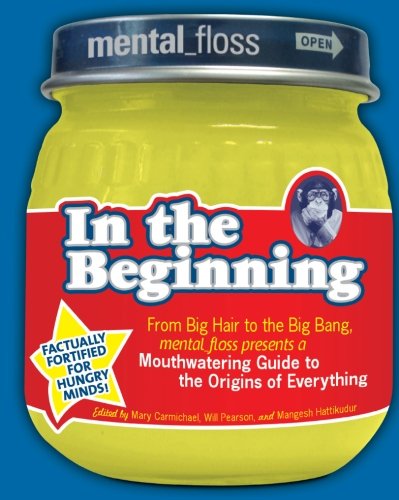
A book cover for Mental Floss presents In the Beginning: From Big Hair to the Big Bang, mental_floss presents a Mouthwatering Guide to the Origins of Everything; Editors of Mental Floss; Reference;